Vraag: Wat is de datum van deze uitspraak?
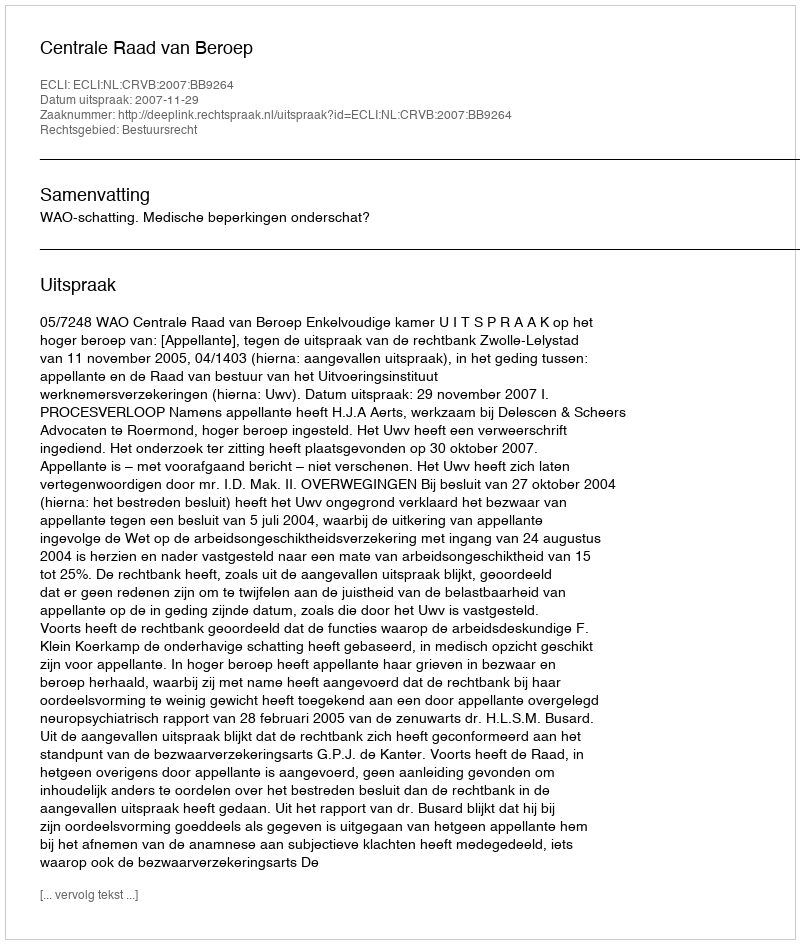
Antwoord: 2007-11-29